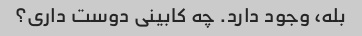
بله، وجود دارد. چه کابینی دوست داری؟